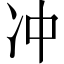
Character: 冲